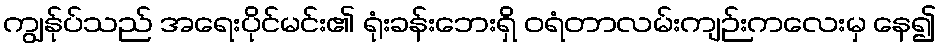
ကျွန်ုပ်သည် အရေးပိုင်မင်း၏ ရုံးခန်းဘေးရှိ ဝရံတာလမ်းကျဉ်းကလေးမှ နေ၍